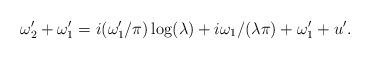
LaTeX: \begin{align*}\omega_2' + \omega_1' = i(\omega_1'/\pi)\log(\lambda) +i\omega_1/(\lambda\pi)+ \omega_1'+u'.\end{align*}